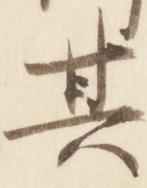
其